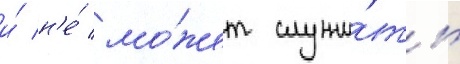
и́ н'е́ мо́жет служи́ть